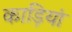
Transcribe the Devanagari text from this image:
काड़ियां